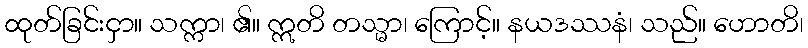
ထုတ်ခြင်းငှာ။ သက္ကာ၊ ၏။ ဣတိ တသ္မာ၊ ကြောင့်။ နယဒဿနံ၊ သည်။ ဟောတိ၊